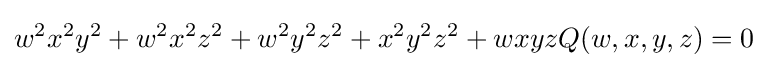
w^{2}x^{2}y^{2}+w^{2}x^{2}z^{2}+w^{2}y^{2}z^{2}+x^{2}y^{2}z^{2}+wxyzQ(w,x,y,z)=0